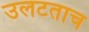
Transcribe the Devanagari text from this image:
उलटताच